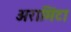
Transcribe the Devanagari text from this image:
अरामिंटा